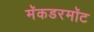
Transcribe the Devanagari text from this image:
मॅकडरमॉट